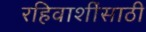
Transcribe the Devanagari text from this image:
रहिवाशींसाठी